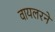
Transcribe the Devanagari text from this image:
वायलरने